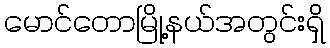
မောင်တောမြို့နယ်အတွင်းရှိ